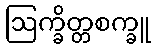
ဩက္ခိတ္တစက္ခူ